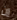
إن